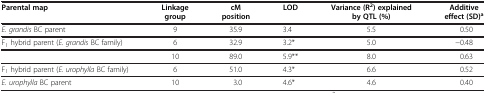
<table><thead><tr><td><b>Parental map</b></td><td><b>Linkage group</b></td><td><b>cM position</b></td><td><b>LOD</b></td><td><b>Variance (R<sup>2</sup>) explained by QTL (%)</b></td><td><b>Additive effect (SD)<sup>a</sup></b></td></tr></thead><tbody><tr><td><i>E. grandis</i> BC parent</td><td>9</td><td>35.9</td><td>3.4</td><td>5.5</td><td>0.50</td></tr><tr><td>F<sub>1</sub> hybrid parent (<i>E. grandis</i> BC family)</td><td>6</td><td>32.9</td><td>3.2*</td><td>5.0</td><td>−0.48</td></tr><tr><td> </td><td>10</td><td>89.0</td><td>5.9**</td><td>8.0</td><td>0.63</td></tr><tr><td>F<sub>1</sub> hybrid parent (<i>E. urophylla</i> BC family)</td><td>6</td><td>51.0</td><td>4.3*</td><td>6.6</td><td>0.52</td></tr><tr><td><i>E. urophylla</i> BC parent</td><td>10</td><td>3.0</td><td>4.6*</td><td>4.6</td><td>0.40</td></tr></tbody></table>